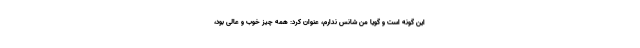
این گونه است و گویا من شانس ندارم، عنوان کرد: همه چیز خوب و عالی بود،